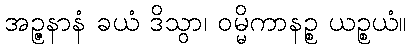
အဉ္ဇနာနံ ခယံ ဒိသွာ၊ ဝမ္မိကာနဉ္စ ယဉ္စယံ။